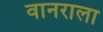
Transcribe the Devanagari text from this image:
वानराला